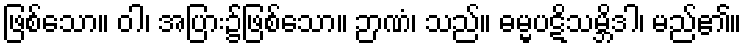
ဖြစ်သော။ ဝါ၊ အပြား၌ဖြစ်သော။ ဉာဏံ၊ သည်။ ဓမ္မပဋိသမ္ဘိဒါ၊ မည်၏။